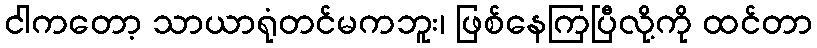
ငါကတော့ သာယာရုံတင်မကဘူး၊ ဖြစ်နေကြပြီလို့ကို ထင်တာ